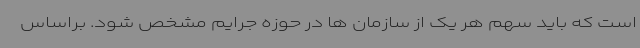
است که باید سهم هر یک از سازمان ها در حوزه جرایم مشخص شود. براساس